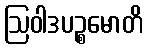
ဩဝါဒပဉ္စမောတိ